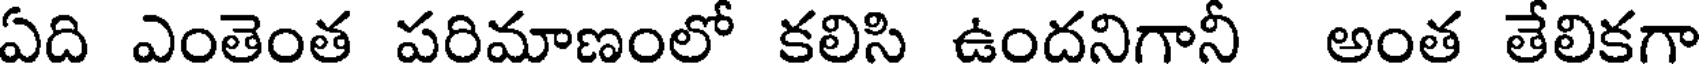
ఏది ఎంతెంత పరిమాణంలో కలిసి ఉందనిగానీ అంత తేలికగా